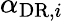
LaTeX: \alpha_{\mathrm{DR},i}